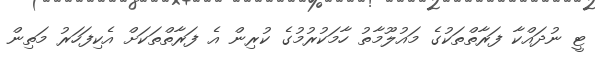
ޓީ ނުދައްކާ ފަރާތްތަކުގެ މައުލޫމާތު ހާމަކުރުމުގެ ކުރިން އެ ފަރާތްތަކަށް އެކިފަހަރު މަތިން